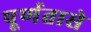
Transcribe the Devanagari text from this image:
पूर्णतासे